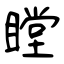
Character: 瞠